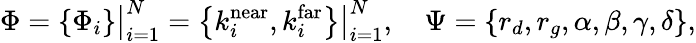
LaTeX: \Phi=\left\{ \Phi_{i}\right\} \big|_{i=1}^{N}=\left\{ k_{i}^{\mathrm{near}},k_{i}^{\mathrm{far}}\right\} \big|_{i=1}^{N},\quad\Psi=\left\{ r_{d},r_{g},\alpha,\beta,\gamma,\delta\right\} ,